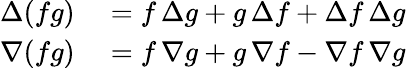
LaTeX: \begin{array}{rl}{\Delta(fg)}&{{}=f\, \Delta g+g\, \Delta f+\Delta f\, \Delta g}\\ {\nabla(fg)}&{{}=f\, \nabla g+g\, \nabla f-\nabla f\, \nabla g}\end{array}